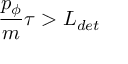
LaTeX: \frac { p _ { \phi } } { m } \tau > L _ { d e t }